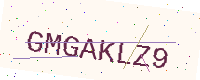
Text: GMGAKLZ9